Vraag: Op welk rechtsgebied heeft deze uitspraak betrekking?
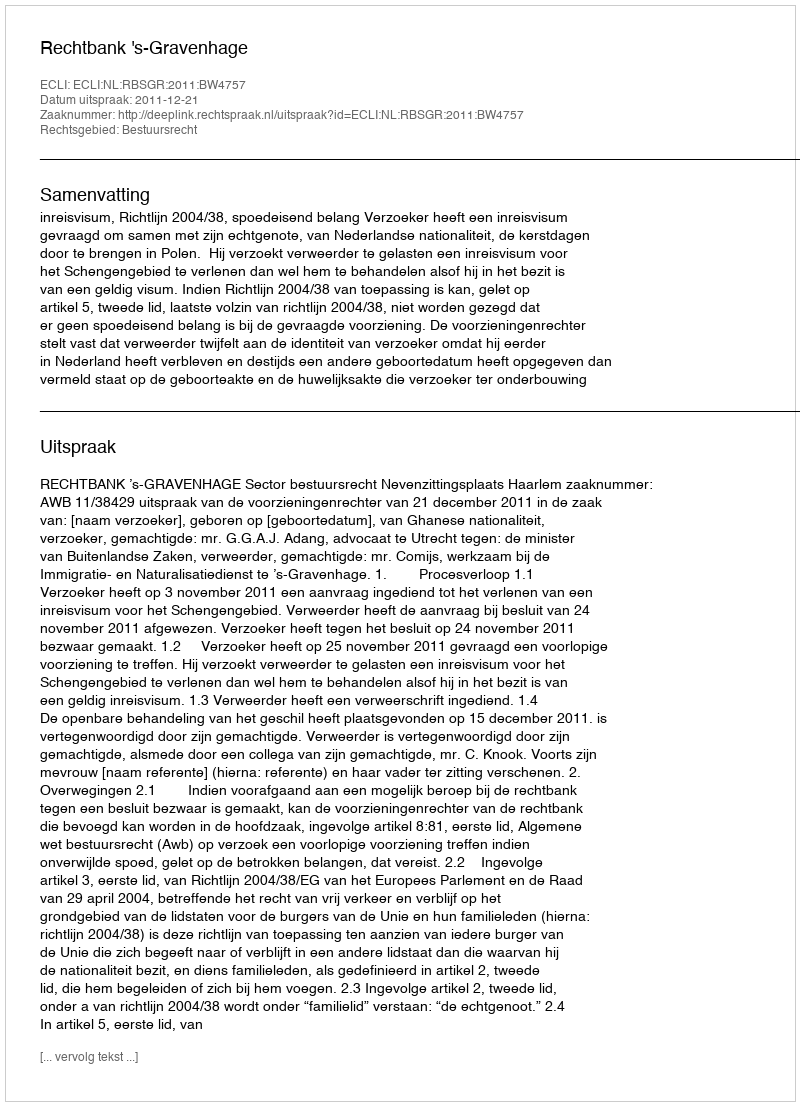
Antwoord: Bestuursrecht